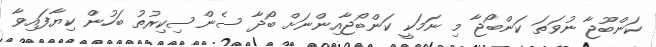
ކަންބޫޖާ ނުވަތަ ކަންބޯޖާ މި ނަމަކީ ކަންބޯޖާއިންނަށް ބޯދާ ސެންސިކިރުތު ބަހުން ކިޔާފައިވާ